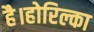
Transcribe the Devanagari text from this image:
है।होरिल्का